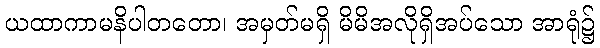
ယထာကာမနိပါတတော၊ အမှတ်မရှိ မိမိအလိုရှိအပ်သော အာရုံ၌